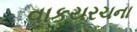
વાકયરચના